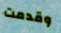
وقدمت